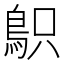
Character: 䳅